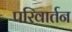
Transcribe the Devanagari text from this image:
परिवार्तन